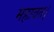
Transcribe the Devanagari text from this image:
महावत।